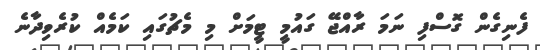
ފެނިގެން ގޮސްފި ނަމަ ރާއްޖޭ ގައުމީ ޓީމަށް މި މެޗުގައި ކަމެއް ކުރެވިދާނެ